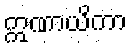
ဣဏာယိကာ